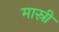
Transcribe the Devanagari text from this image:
मास्री